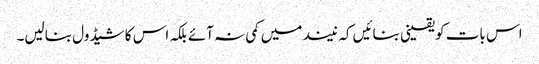
اس بات کو یقینی بنائیں کہ نیند میں کمی نہ آئے بلکہ اس کا شیڈول بنالیں۔